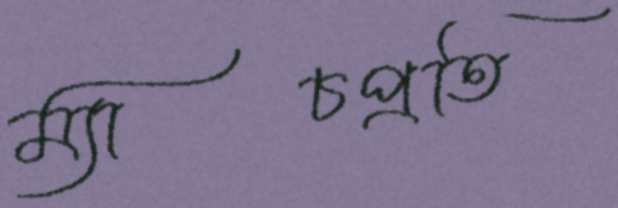
ম্যাচপ্রতি